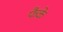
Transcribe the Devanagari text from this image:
फैके